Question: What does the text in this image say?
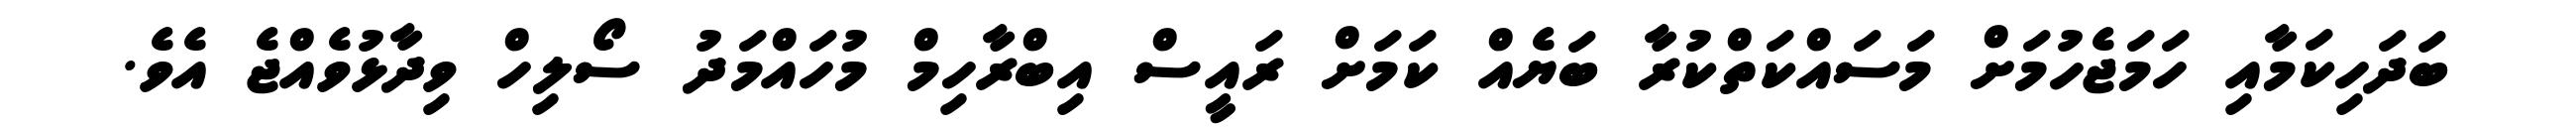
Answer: ބަދަހިކަމާއި ހަމަޖެހުމަށް މަސައްކަތްކުރާ ބަޔެއް ކަމަށް ރައީސް އިބްރާހިމް މުހައްމަދު ސޯލިހް ވިދާޅުވެއްޖެ އެވެ.